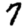
Digit: 7